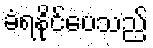
ခံရနိုင်ပေသည်